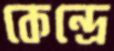
কেন্দ্রে